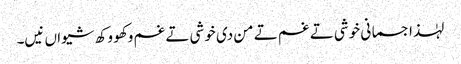
لہٰذا جسمانی خوشی تے غم تے من دی خوشی تے غم وکھو وکھ شیواں نیں۔